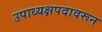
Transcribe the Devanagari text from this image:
उपाध्यक्षपदावरून